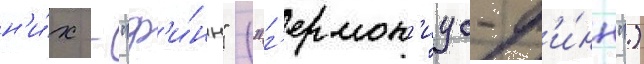
н'и́х - "ф'и́нн" ("г'ермон'иус-ф'и́нн")